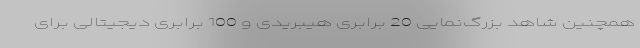
همچنین شاهد بزرگ‌نمایی 20 برابری هیبریدی و 100 برابری دیجیتالی برای